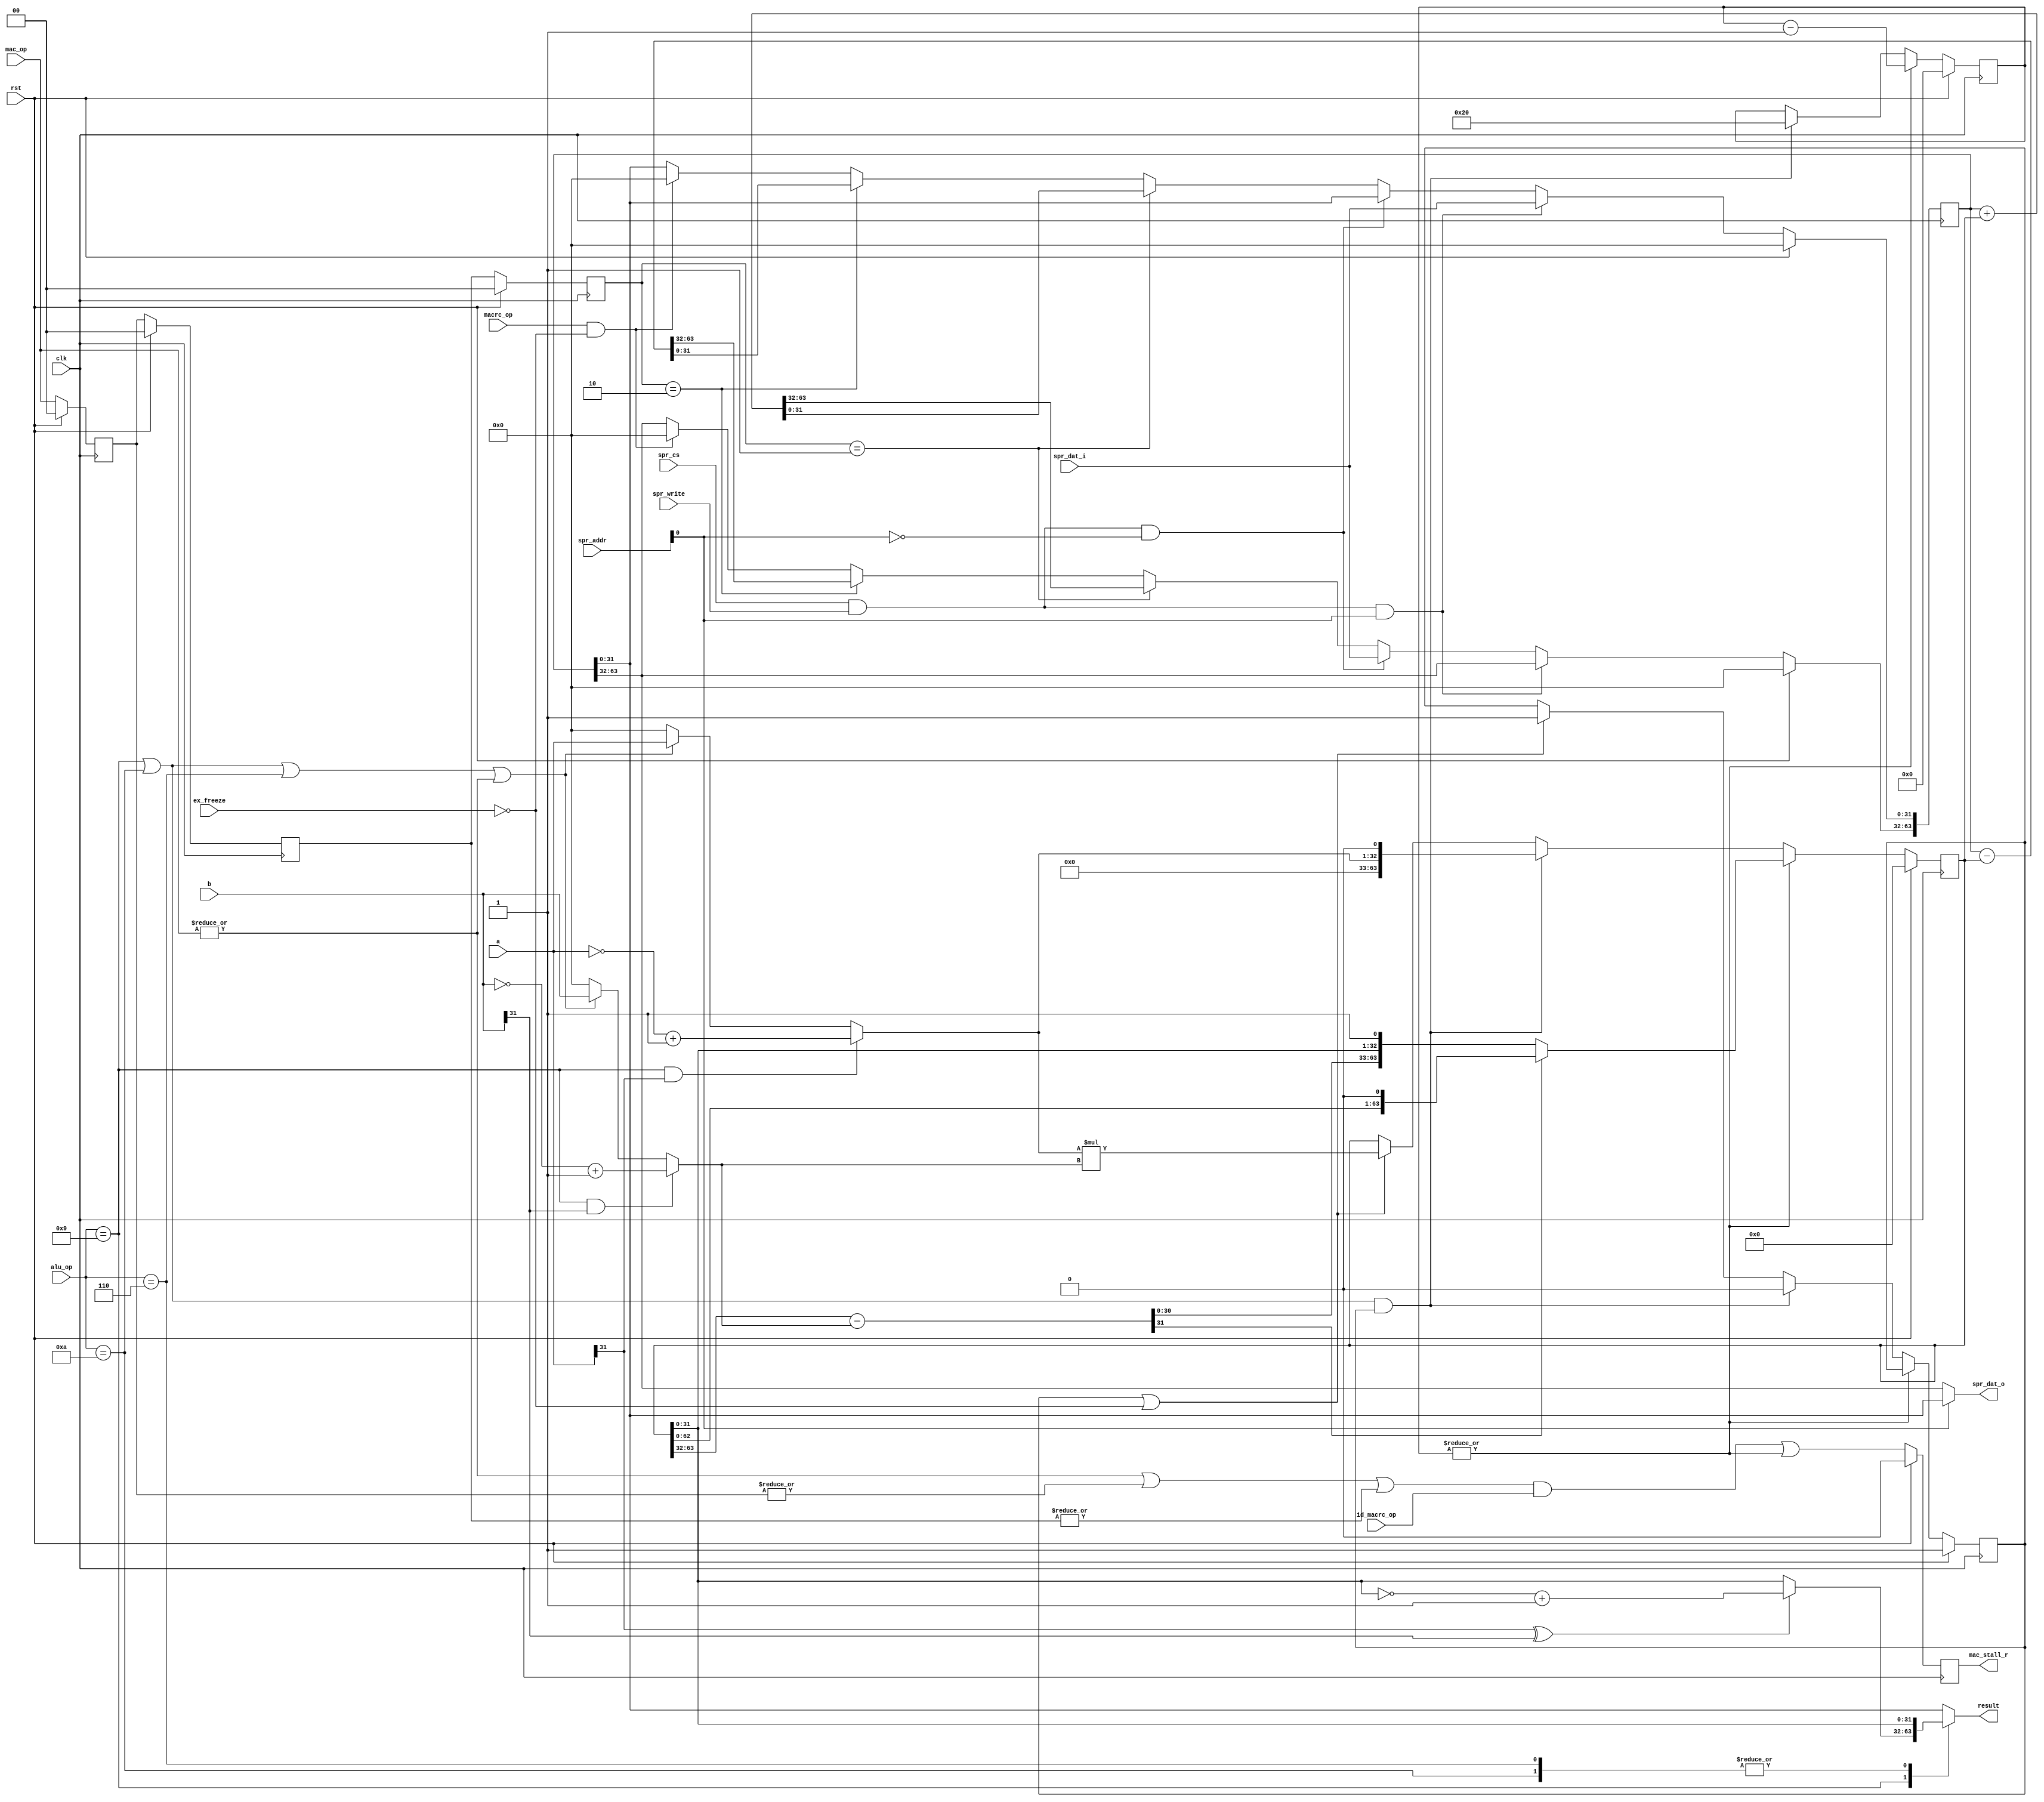
`define OR1200_DCFGR_NDP		3'h0	// Zero DVR/DCR pairs
`define OR1200_DCFGR_WPCI		1'b0	// WP counters not impl.
`define OR1200_DCFGR_RES1		28'h0000000
`define OR1200_M2R_BYTE0 4'b0000
`define OR1200_M2R_BYTE1 4'b0001
`define OR1200_M2R_BYTE2 4'b0010
`define OR1200_M2R_BYTE3 4'b0011
`define OR1200_M2R_EXTB0 4'b0100
`define OR1200_M2R_EXTB1 4'b0101
`define OR1200_M2R_EXTB2 4'b0110
`define OR1200_M2R_EXTB3 4'b0111
`define OR1200_M2R_ZERO  4'b0000
`define OR1200_ICCFGR_NCW		3'h0	// 1 cache way
`define OR1200_ICCFGR_NCS 9	// Num cache sets
`define OR1200_ICCFGR_CBS 9	// 16 byte cache block
`define OR1200_ICCFGR_CWS		1'b0	// Irrelevant
`define OR1200_ICCFGR_CCRI		1'b1	// Cache control reg impl.
`define OR1200_ICCFGR_CBIRI		1'b1	// Cache block inv reg impl.
`define OR1200_ICCFGR_CBPRI		1'b0	// Cache block prefetch reg not impl.
`define OR1200_ICCFGR_CBLRI		1'b0	// Cache block lock reg not impl.
`define OR1200_ICCFGR_CBFRI		1'b1	// Cache block flush reg impl.
`define OR1200_ICCFGR_CBWBRI		1'b0	// Irrelevant
`define OR1200_ICCFGR_RES1		17'h00000
//`define OR1200_ICCFGR_NCW_BITS		2:0
//`define OR1200_ICCFGR_NCS_BITS		6:3
`define OR1200_ICCFGR_CBS_BITS		7
`define OR1200_ICCFGR_CWS_BITS		8
`define OR1200_ICCFGR_CCRI_BITS		9
`define OR1200_ICCFGR_CBIRI_BITS	10
`define OR1200_ICCFGR_CBPRI_BITS	11
`define OR1200_ICCFGR_CBLRI_BITS	12
`define OR1200_ICCFGR_CBFRI_BITS	13
`define OR1200_ICCFGR_CBWBRI_BITS	14
//`define OR1200_ICCFGR_RES1_BITS	31:15
`define OR1200_DCCFGR_NCW		3'h0	// 1 cache way
`define OR1200_DCCFGR_NCS 9	// Num cache sets
`define OR1200_DCCFGR_CBS 9	// 16 byte cache block
`define OR1200_DCCFGR_CWS		1'b0	// Write-through strategy
`define OR1200_DCCFGR_CCRI		1'b1	// Cache control reg impl.
`define OR1200_DCCFGR_CBIRI		1'b1	// Cache block inv reg impl.
`define OR1200_DCCFGR_CBPRI		1'b0	// Cache block prefetch reg not impl.
`define OR1200_DCCFGR_CBLRI		1'b0	// Cache block lock reg not impl.
`define OR1200_DCCFGR_CBFRI		1'b1	// Cache block flush reg impl.
`define OR1200_DCCFGR_CBWBRI		1'b0	// Cache block WB reg not impl.
`define OR1200_DCCFGR_RES1		17'h00000
//`define OR1200_DCCFGR_NCW_BITS		2:0
//`define OR1200_DCCFGR_NCS_BITS		6:3
`define OR1200_DCCFGR_CBS_BITS		7
`define OR1200_DCCFGR_CWS_BITS		8
`define OR1200_DCCFGR_CCRI_BITS		9
`define OR1200_DCCFGR_CBIRI_BITS	10
`define OR1200_DCCFGR_CBPRI_BITS	11
`define OR1200_DCCFGR_CBLRI_BITS	12
`define OR1200_DCCFGR_CBFRI_BITS	13
`define OR1200_DCCFGR_CBWBRI_BITS	14
//`define OR1200_DCCFGR_RES1_BITS	31:15
`define OR1200_IMMUCFGR_NTW		2'h0	// 1 TLB way
`define OR1200_IMMUCFGR_NTS 3'b101	// Num TLB sets
`define OR1200_IMMUCFGR_NAE		3'h0	// No ATB entry
`define OR1200_IMMUCFGR_CRI		1'b0	// No control reg
`define OR1200_IMMUCFGR_PRI		1'b0	// No protection reg
`define OR1200_IMMUCFGR_TEIRI		1'b1	// TLB entry inv reg impl
`define OR1200_IMMUCFGR_HTR		1'b0	// No HW TLB reload
`define OR1200_IMMUCFGR_RES1		20'h00000
//`define OR1200_CPUCFGR_NSGF_BITS	3:0
`define OR1200_CPUCFGR_HGF_BITS	4
`define OR1200_CPUCFGR_OB32S_BITS	5
`define OR1200_CPUCFGR_OB64S_BITS	6
`define OR1200_CPUCFGR_OF32S_BITS	7
`define OR1200_CPUCFGR_OF64S_BITS	8
`define OR1200_CPUCFGR_OV64S_BITS	9
//`define OR1200_CPUCFGR_RES1_BITS	31:10
`define OR1200_CPUCFGR_NSGF		4'h0
`define OR1200_CPUCFGR_HGF		1'b0
`define OR1200_CPUCFGR_OB32S		1'b1
`define OR1200_CPUCFGR_OB64S		1'b0
`define OR1200_CPUCFGR_OF32S		1'b0
`define OR1200_CPUCFGR_OF64S		1'b0
`define OR1200_CPUCFGR_OV64S		1'b0
`define OR1200_CPUCFGR_RES1		22'h000000
`define OR1200_DMMUCFGR_NTW_BITS	1:0
`define OR1200_DMMUCFGR_NTS_BITS	4:2
`define OR1200_DMMUCFGR_NAE_BITS	7:5
`define OR1200_DMMUCFGR_CRI_BITS	8
`define OR1200_DMMUCFGR_PRI_BITS	9
`define OR1200_DMMUCFGR_TEIRI_BITS	10
`define OR1200_DMMUCFGR_HTR_BITS	11
//`define OR1200_DMMUCFGR_RES1_BITS	31:12
`define OR1200_DMMUCFGR_NTW		2'h0	// 1 TLB way
`define OR1200_DMMUCFGR_NTS 3'b110	// Num TLB sets
`define OR1200_DMMUCFGR_NAE		3'h0	// No ATB entries
`define OR1200_DMMUCFGR_CRI		1'b0	// No control register
`define OR1200_DMMUCFGR_PRI		1'b0	// No protection reg
`define OR1200_DMMUCFGR_TEIRI		1'b1	// TLB entry inv reg impl.
`define OR1200_DMMUCFGR_HTR		1'b0	// No HW TLB reload
`define OR1200_DMMUCFGR_RES1		20'h00000
`define OR1200_IMMUCFGR_NTW_BITS	1:0
`define OR1200_IMMUCFGR_NTS_BITS	4:2
`define OR1200_IMMUCFGR_NAE_BITS	7:5
`define OR1200_IMMUCFGR_CRI_BITS	8
`define OR1200_IMMUCFGR_PRI_BITS	9
`define OR1200_IMMUCFGR_TEIRI_BITS	10
`define OR1200_IMMUCFGR_HTR_BITS	11
//`define OR1200_IMMUCFGR_RES1_BITS	31:12
`define OR1200_SPRGRP_SYS_VR		4'h0
`define OR1200_SPRGRP_SYS_UPR		4'h1
`define OR1200_SPRGRP_SYS_CPUCFGR	4'h2
`define OR1200_SPRGRP_SYS_DMMUCFGR	4'h3
`define OR1200_SPRGRP_SYS_IMMUCFGR	4'h4
`define OR1200_SPRGRP_SYS_DCCFGR	4'h5
`define OR1200_SPRGRP_SYS_ICCFGR	4'h6
`define OR1200_SPRGRP_SYS_DCFGR	4'h7
`define OR1200_VR_REV_BITS		5:0
`define OR1200_VR_RES1_BITS		15:6
`define OR1200_VR_CFG_BITS		23:16
`define OR1200_VR_VER_BITS		31:24
`define OR1200_VR_REV			6'h01
`define OR1200_VR_RES1			10'h000
`define OR1200_VR_CFG			8'h00
`define OR1200_VR_VER			8'h12
`define OR1200_UPR_UP_BITS		0
`define OR1200_UPR_DCP_BITS		1
`define OR1200_UPR_ICP_BITS		2
`define OR1200_UPR_DMP_BITS		3
`define OR1200_UPR_IMP_BITS		4
`define OR1200_UPR_MP_BITS		5
`define OR1200_UPR_DUP_BITS		6
`define OR1200_UPR_PCUP_BITS		7
`define OR1200_UPR_PMP_BITS		8
`define OR1200_UPR_PICP_BITS		9
`define OR1200_UPR_TTP_BITS		10
`define OR1200_UPR_RES1_BITS		23:11
`define OR1200_UPR_CUP_BITS		31:24
`define OR1200_UPR_RES1			13'h0000
`define OR1200_UPR_CUP			8'h00
`define OR1200_DU_DSR_WIDTH 14
`define OR1200_EXCEPT_UNUSED		3'hf
`define OR1200_EXCEPT_TRAP		3'he
`define OR1200_EXCEPT_BREAK		3'hd
`define OR1200_EXCEPT_SYSCALL		3'hc
`define OR1200_EXCEPT_RANGE		3'hb
`define OR1200_EXCEPT_ITLBMISS		3'ha
`define OR1200_EXCEPT_DTLBMISS		3'h9
`define OR1200_EXCEPT_INT		3'h8
`define OR1200_EXCEPT_ILLEGAL		3'h7
`define OR1200_EXCEPT_ALIGN		3'h6
`define OR1200_EXCEPT_TICK		3'h5
`define OR1200_EXCEPT_IPF		3'h4
`define OR1200_EXCEPT_DPF		3'h3
`define OR1200_EXCEPT_BUSERR		3'h2
`define OR1200_EXCEPT_RESET		3'h1
`define OR1200_EXCEPT_NONE		3'h0
`define OR1200_OPERAND_WIDTH		32
`define OR1200_REGFILE_ADDR_WIDTH	5
`define OR1200_ALUOP_WIDTH	4
`define OR1200_ALUOP_NOP	4'b000
`define OR1200_ALUOP_ADD	4'b0000
`define OR1200_ALUOP_ADDC	4'b0001
`define OR1200_ALUOP_SUB	4'b0010
`define OR1200_ALUOP_AND	4'b0011
`define OR1200_ALUOP_OR		4'b0100
`define OR1200_ALUOP_XOR	4'b0101
`define OR1200_ALUOP_MUL	4'b0110
`define OR1200_ALUOP_CUST5	4'b0111
`define OR1200_ALUOP_SHROT	4'b1000
`define OR1200_ALUOP_DIV	4'b1001
`define OR1200_ALUOP_DIVU	4'b1010
`define OR1200_ALUOP_IMM	4'b1011
`define OR1200_ALUOP_MOVHI	4'b1100
`define OR1200_ALUOP_COMP	4'b1101
`define OR1200_ALUOP_MTSR	4'b1110
`define OR1200_ALUOP_MFSR	4'b1111
`define OR1200_ALUOP_CMOV 4'b1110
`define OR1200_ALUOP_FF1  4'b1111
`define OR1200_MACOP_WIDTH	2
`define OR1200_MACOP_NOP	2'b00
`define OR1200_MACOP_MAC	2'b01
`define OR1200_MACOP_MSB	2'b10
`define OR1200_SHROTOP_WIDTH	2
`define OR1200_SHROTOP_NOP	2'b00
`define OR1200_SHROTOP_SLL	2'b00
`define OR1200_SHROTOP_SRL	2'b01
`define OR1200_SHROTOP_SRA	2'b10
`define OR1200_SHROTOP_ROR	2'b11
`define OR1200_MULTICYCLE_WIDTH	2
`define OR1200_ONE_CYCLE		2'b00
`define OR1200_TWO_CYCLES		2'b01
`define OR1200_SEL_WIDTH		2
`define OR1200_SEL_RF			2'b00
`define OR1200_SEL_IMM			2'b01
`define OR1200_SEL_EX_FORW		2'b10
`define OR1200_SEL_WB_FORW		2'b11
`define OR1200_BRANCHOP_WIDTH		3
`define OR1200_BRANCHOP_NOP		3'b000
`define OR1200_BRANCHOP_J		3'b001
`define OR1200_BRANCHOP_JR		3'b010
`define OR1200_BRANCHOP_BAL		3'b011
`define OR1200_BRANCHOP_BF		3'b100
`define OR1200_BRANCHOP_BNF		3'b101
`define OR1200_BRANCHOP_RFE		3'b110
`define OR1200_LSUOP_WIDTH		4
`define OR1200_LSUOP_NOP		4'b0000
`define OR1200_LSUOP_LBZ		4'b0010
`define OR1200_LSUOP_LBS		4'b0011
`define OR1200_LSUOP_LHZ		4'b0100
`define OR1200_LSUOP_LHS		4'b0101
`define OR1200_LSUOP_LWZ		4'b0110
`define OR1200_LSUOP_LWS		4'b0111
`define OR1200_LSUOP_LD		4'b0001
`define OR1200_LSUOP_SD		4'b1000
`define OR1200_LSUOP_SB		4'b1010
`define OR1200_LSUOP_SH		4'b1100
`define OR1200_LSUOP_SW		4'b1110
`define OR1200_FETCHOP_WIDTH		1
`define OR1200_FETCHOP_NOP		1'b0
`define OR1200_FETCHOP_LW		1'b1
`define OR1200_RFWBOP_WIDTH		3
`define OR1200_RFWBOP_NOP		3'b000
`define OR1200_RFWBOP_ALU		3'b001
`define OR1200_RFWBOP_LSU		3'b011
`define OR1200_RFWBOP_SPRS		3'b101
`define OR1200_RFWBOP_LR		3'b111
`define OR1200_COP_SFEQ       3'b000
`define OR1200_COP_SFNE       3'b001
`define OR1200_COP_SFGT       3'b010
`define OR1200_COP_SFGE       3'b011
`define OR1200_COP_SFLT       3'b100
`define OR1200_COP_SFLE       3'b101
`define OR1200_COP_X          3'b111
`define OR1200_SIGNED_COMPARE 3'b011
`define OR1200_COMPOP_WIDTH	4
`define OR1200_ITAG_IDLE	4'h0	// idle bus
`define	OR1200_ITAG_NI		4'h1	// normal insn
`define OR1200_ITAG_BE		4'hb	// Bus error exception
`define OR1200_ITAG_PE		4'hc	// Page fault exception
`define OR1200_ITAG_TE		4'hd	// TLB miss exception
`define OR1200_DTAG_IDLE	4'h0	// idle bus
`define	OR1200_DTAG_ND		4'h1	// normal data
`define OR1200_DTAG_AE		4'ha	// Alignment exception
`define OR1200_DTAG_BE		4'hb	// Bus error exception
`define OR1200_DTAG_PE		4'hc	// Page fault exception
`define OR1200_DTAG_TE		4'hd	// TLB miss exception
`define OR1200_DU_DSR_RSTE	0
`define OR1200_DU_DSR_BUSEE	1
`define OR1200_DU_DSR_DPFE	2
`define OR1200_DU_DSR_IPFE	3
`define OR1200_DU_DSR_TTE	4
`define OR1200_DU_DSR_AE	5
`define OR1200_DU_DSR_IIE	6
`define OR1200_DU_DSR_IE	7
`define OR1200_DU_DSR_DME	8
`define OR1200_DU_DSR_IME	9
`define OR1200_DU_DSR_RE	10
`define OR1200_DU_DSR_SCE	11
`define OR1200_DU_DSR_BE	12
`define OR1200_DU_DSR_TE	13
//`define OR1200_SHROTOP_POS		7:6
//`define OR1200_ALUMCYC_POS		9:8
`define OR1200_OR32_J                 6'b000000
`define OR1200_OR32_JAL               6'b000001
`define OR1200_OR32_BNF               6'b000011
`define OR1200_OR32_BF                6'b000100
`define OR1200_OR32_NOP               6'b000101
`define OR1200_OR32_MOVHI             6'b000110
`define OR1200_OR32_XSYNC             6'b001000
`define OR1200_OR32_RFE               6'b001001
`define OR1200_OR32_JR                6'b010001
`define OR1200_OR32_JALR              6'b010010
`define OR1200_OR32_MACI              6'b010011
`define OR1200_OR32_LWZ               6'b100001
`define OR1200_OR32_LBZ               6'b100011
`define OR1200_OR32_LBS               6'b100100
`define OR1200_OR32_LHZ               6'b100101
`define OR1200_OR32_LHS               6'b100110
`define OR1200_OR32_ADDI              6'b100111
`define OR1200_OR32_ADDIC             6'b101000
`define OR1200_OR32_ANDI              6'b101001
`define OR1200_OR32_ORI               6'b101010
`define OR1200_OR32_XORI              6'b101011
`define OR1200_OR32_MULI              6'b101100
`define OR1200_OR32_MFSPR             6'b101101
`define OR1200_OR32_SH_ROTI 	      6'b101110
`define OR1200_OR32_SFXXI             6'b101111
`define OR1200_OR32_MTSPR             6'b110000
`define OR1200_OR32_MACMSB            6'b110001
`define OR1200_OR32_SW                6'b110101
`define OR1200_OR32_SB                6'b110110
`define OR1200_OR32_SH                6'b110111
`define OR1200_OR32_ALU               6'b111000
`define OR1200_OR32_SFXX              6'b111001
`define OR1200_OR32_CUST5             6'b111100
`define OR1200_EXCEPT_EPH0_P 20'h00000
`define OR1200_EXCEPT_EPH1_P 20'hF0000
`define OR1200_EXCEPT_V		   8'h00
`define OR1200_EXCEPT_WIDTH 4
`define OR1200_SPR_GROUP_SYS	5'b00000
`define OR1200_SPR_GROUP_DMMU	5'b00001
`define OR1200_SPR_GROUP_IMMU	5'b00010
`define OR1200_SPR_GROUP_DC	5'b00011
`define OR1200_SPR_GROUP_IC	5'b00100
`define OR1200_SPR_GROUP_MAC	5'b00101
`define OR1200_SPR_GROUP_DU	5'b00110
`define OR1200_SPR_GROUP_PM	5'b01000
`define OR1200_SPR_GROUP_PIC	5'b01001
`define OR1200_SPR_GROUP_TT	5'b01010
`define OR1200_SPR_CFGR		7'b0000000
`define OR1200_SPR_RF		6'b100000	// 1024 >> 5
`define OR1200_SPR_NPC		11'b00000010000
`define OR1200_SPR_SR		11'b00000010001
`define OR1200_SPR_PPC		11'b00000010010
`define OR1200_SPR_EPCR		11'b00000100000
`define OR1200_SPR_EEAR		11'b00000110000
`define OR1200_SPR_ESR		11'b00001000000
`define OR1200_SR_WIDTH 16
`define OR1200_SR_SM   0
`define OR1200_SR_TEE  1
`define OR1200_SR_IEE  2
`define OR1200_SR_DCE  3
`define OR1200_SR_ICE  4
`define OR1200_SR_DME  5
`define OR1200_SR_IME  6
`define OR1200_SR_LEE  7
`define OR1200_SR_CE   8
`define OR1200_SR_F    9
`define OR1200_SR_CY   10	// Unused
`define OR1200_SR_OV   11	// Unused
`define OR1200_SR_OVE  12	// Unused
`define OR1200_SR_DSX  13	// Unused
`define OR1200_SR_EPH  14
`define OR1200_SR_FO   15
`define OR1200_SR_EPH_DEF	1'b0
`define OR1200_PM_PMR_DME 4
`define OR1200_PM_PMR_SME 5
`define OR1200_PM_PMR_DCGE 6
`define OR1200_PM_OFS_PMR 11'b0
`define OR1200_SPRGRP_PM 5'b01000
`define OR1200_PIC_INTS 20
`define OR1200_PIC_OFS_PICMR 2'b00
`define OR1200_PIC_OFS_PICSR 2'b10
`define OR1200_TT_OFS_TTMR 1'b0
`define OR1200_TT_OFS_TTCR 1'b1
`define OR1200_TTOFS_BITS 0
`define OR1200_TT_TTMR_IP 28
`define OR1200_TT_TTMR_IE 29
`define OR1200_MAC_ADDR		0	// MACLO 0xxxxxxxx1, MACHI 0xxxxxxxx0
`define OR1200_MAC_SHIFTBY	0	// 0 = According to arch manual, 28 = obsolete backward compatibility
`define OR1200_DTLB_TM_ADDR	7
`define	OR1200_DTLBMR_V_BITS	0
`define	OR1200_DTLBTR_CC_BITS	0
`define	OR1200_DTLBTR_CI_BITS	1
`define	OR1200_DTLBTR_WBC_BITS	2
`define	OR1200_DTLBTR_WOM_BITS	3
`define	OR1200_DTLBTR_A_BITS	4
`define	OR1200_DTLBTR_D_BITS	5
`define	OR1200_DTLBTR_URE_BITS	6
`define	OR1200_DTLBTR_UWE_BITS	7
`define	OR1200_DTLBTR_SRE_BITS	8
`define	OR1200_DTLBTR_SWE_BITS	9
`define	OR1200_DMMU_PS		13					// 13 for 8KB page size
`define	OR1200_DTLB_INDXW	6							// +5 because of protection bits and CI
`define OR1200_ITLB_TM_ADDR	7
`define	OR1200_ITLBMR_V_BITS	0
`define	OR1200_ITLBTR_CC_BITS	0
`define	OR1200_ITLBTR_CI_BITS	1
`define	OR1200_ITLBTR_WBC_BITS	2
`define	OR1200_ITLBTR_WOM_BITS	3
`define	OR1200_ITLBTR_A_BITS	4
`define	OR1200_ITLBTR_D_BITS	5
`define	OR1200_ITLBTR_SXE_BITS	6
`define	OR1200_ITLBTR_UXE_BITS	7
`define	OR1200_IMMU_PS 13					
`define	OR1200_ITLB_INDXW	6			
`define OR1200_IMMU_CI			1'b0
`define OR1200_ICLS		4
`define OR1200_DCLS		4
// `define OR1200_DC_STORE_REFILL
`define OR1200_DCSIZE			12			// 4096
`define	OR1200_DCTAG_W			21
//`define OR1200_SB_IMPLEMENTED
`define OR1200_SB_LOG		2	// 2 or 3
`define OR1200_SB_ENTRIES	4	// 4 or 8
`define OR1200_QMEM_IADDR	32'h00800000
`define OR1200_QMEM_IMASK	32'hfff00000	// Max QMEM size 1MB
`define OR1200_QMEM_DADDR  32'h00800000
`define OR1200_QMEM_DMASK  32'hfff00000 // Max QMEM size 1MB
//`define OR1200_QMEM_BSEL
//`define OR1200_QMEM_ACK
`define OR1200_SPRGRP_SYS_VR		4'h0
`define OR1200_SPRGRP_SYS_UPR		4'h1
`define OR1200_SPRGRP_SYS_CPUCFGR	4'h2
`define OR1200_SPRGRP_SYS_DMMUCFGR	4'h3
`define OR1200_SPRGRP_SYS_IMMUCFGR	4'h4
`define OR1200_SPRGRP_SYS_DCCFGR	4'h5
`define OR1200_SPRGRP_SYS_ICCFGR	4'h6
`define OR1200_SPRGRP_SYS_DCFGR	4'h7
`define OR1200_VR_REV			6'h01
`define OR1200_VR_RES1			10'h000
`define OR1200_VR_CFG			8'h00
`define OR1200_VR_VER			8'h12
`define OR1200_UPR_UP			1'b1
`define OR1200_UPR_DCP			1'b1
`define OR1200_UPR_ICP			1'b1
`define OR1200_UPR_DMP			1'b1
`define OR1200_UPR_IMP			1'b1
`define OR1200_UPR_MP			1'b1	// MAC always present
`define OR1200_UPR_DUP			1'b1
`define OR1200_UPR_PCUP			1'b0	// Performance counters not present
`define OR1200_UPR_PMP			1'b1
`define OR1200_UPR_PICP			1'b1
`define OR1200_UPR_TTP			1'b1
`define OR1200_UPR_RES1			13'h0000
`define OR1200_UPR_CUP			8'h00
`define OR1200_CPUCFGR_HGF_BITS	4
`define OR1200_CPUCFGR_OB32S_BITS	5
`define OR1200_CPUCFGR_OB64S_BITS	6
`define OR1200_CPUCFGR_OF32S_BITS	7
`define OR1200_CPUCFGR_OF64S_BITS	8
`define OR1200_CPUCFGR_OV64S_BITS	9
`define OR1200_CPUCFGR_NSGF		4'h0
`define OR1200_CPUCFGR_HGF		1'b0
`define OR1200_CPUCFGR_OB32S		1'b1
`define OR1200_CPUCFGR_OB64S		1'b0
`define OR1200_CPUCFGR_OF32S		1'b0
`define OR1200_CPUCFGR_OF64S		1'b0
`define OR1200_CPUCFGR_OV64S		1'b0
`define OR1200_CPUCFGR_RES1		22'h000000
`define OR1200_DMMUCFGR_CRI_BITS	8
`define OR1200_DMMUCFGR_PRI_BITS	9
`define OR1200_DMMUCFGR_TEIRI_BITS	10
`define OR1200_DMMUCFGR_HTR_BITS	11
`define OR1200_DMMUCFGR_NTW		2'h0	// 1 TLB way
`define OR1200_DMMUCFGR_NAE		3'h0	// No ATB entries
`define OR1200_DMMUCFGR_CRI		1'b0	// No control register
`define OR1200_DMMUCFGR_PRI		1'b0	// No protection reg
`define OR1200_DMMUCFGR_TEIRI		1'b1	// TLB entry inv reg impl.
`define OR1200_DMMUCFGR_HTR		1'b0	// No HW TLB reload
`define OR1200_DMMUCFGR_RES1		20'h00000
`define OR1200_IMMUCFGR_CRI_BITS	8
`define OR1200_IMMUCFGR_PRI_BITS	9
`define OR1200_IMMUCFGR_TEIRI_BITS	10
`define OR1200_IMMUCFGR_HTR_BITS	11
`define OR1200_IMMUCFGR_NTW		2'h0	// 1 TLB way
`define OR1200_IMMUCFGR_NAE		3'h0	// No ATB entry
`define OR1200_IMMUCFGR_CRI		1'b0	// No control reg
`define OR1200_IMMUCFGR_PRI		1'b0	// No protection reg
`define OR1200_IMMUCFGR_TEIRI		1'b1	// TLB entry inv reg impl
`define OR1200_IMMUCFGR_HTR		1'b0	// No HW TLB reload
`define OR1200_IMMUCFGR_RES1		20'h00000
`define OR1200_DCCFGR_CBS_BITS		7
`define OR1200_DCCFGR_CWS_BITS		8
`define OR1200_DCCFGR_CCRI_BITS		9
`define OR1200_DCCFGR_CBIRI_BITS	10
`define OR1200_DCCFGR_CBPRI_BITS	11
`define OR1200_DCCFGR_CBLRI_BITS	12
`define OR1200_DCCFGR_CBFRI_BITS	13
`define OR1200_DCCFGR_CBWBRI_BITS	14
`define OR1200_DCCFGR_NCW		3'h0	// 1 cache way
`define OR1200_DCCFGR_CWS		1'b0	// Write-through strategy
`define OR1200_DCCFGR_CCRI		1'b1	// Cache control reg impl.
`define OR1200_DCCFGR_CBIRI		1'b1	// Cache block inv reg impl.
`define OR1200_DCCFGR_CBPRI		1'b0	// Cache block prefetch reg not impl.
`define OR1200_DCCFGR_CBLRI		1'b0	// Cache block lock reg not impl.
`define OR1200_DCCFGR_CBFRI		1'b1	// Cache block flush reg impl.
`define OR1200_DCCFGR_CBWBRI		1'b0	// Cache block WB reg not impl.
`define OR1200_DCCFGR_RES1		17'h00000
`define OR1200_ICCFGR_CBS_BITS		7
`define OR1200_ICCFGR_CWS_BITS		8
`define OR1200_ICCFGR_CCRI_BITS		9
`define OR1200_ICCFGR_CBIRI_BITS	10
`define OR1200_ICCFGR_CBPRI_BITS	11
`define OR1200_ICCFGR_CBLRI_BITS	12
`define OR1200_ICCFGR_CBFRI_BITS	13
`define OR1200_ICCFGR_CBWBRI_BITS	14
`define OR1200_ICCFGR_NCW		3'h0	// 1 cache way
`define OR1200_ICCFGR_CWS		1'b0	// Irrelevant
`define OR1200_ICCFGR_CCRI		1'b1	// Cache control reg impl.
`define OR1200_ICCFGR_CBIRI		1'b1	// Cache block inv reg impl.
`define OR1200_ICCFGR_CBPRI		1'b0	// Cache block prefetch reg not impl.
`define OR1200_ICCFGR_CBLRI		1'b0	// Cache block lock reg not impl.
`define OR1200_ICCFGR_CBFRI		1'b1	// Cache block flush reg impl.
`define OR1200_ICCFGR_CBWBRI		1'b0	// Irrelevant
`define OR1200_ICCFGR_RES1		17'h00000
`define OR1200_DCFGR_WPCI_BITS		3
`define OR1200_DCFGR_NDP		3'h0	// Zero DVR/DCR pairs
`define OR1200_DCFGR_WPCI		1'b0	// WP counters not impl.
`define OR1200_DCFGR_RES1		28'h0000000
`define SIMULATION_MEMORY
`define OR1200_ITAG_IDLE	4'h0	// idle bus
`define	OR1200_ITAG_NI		4'h1	// normal insn
`define OR1200_ITAG_BE		4'hb	// Bus error exception
`define OR1200_ITAG_PE		4'hc	// Page fault exception
`define OR1200_ITAG_TE		4'hd	// TLB miss exception
`define OR1200_BRANCHOP_WIDTH		3
`define OR1200_BRANCHOP_NOP		3'b000
`define OR1200_BRANCHOP_J		3'b001
`define OR1200_BRANCHOP_JR		3'b010
`define OR1200_BRANCHOP_BAL		3'b011
`define OR1200_BRANCHOP_BF		3'b100
`define OR1200_BRANCHOP_BNF		3'b101
`define OR1200_BRANCHOP_RFE		3'b110
`define OR1200_EXCEPT_WIDTH 4
`define OR1200_EXCEPT_EPH0_P 20'h00000
`define OR1200_EXCEPT_EPH1_P 20'hF0000
`define OR1200_EXCEPT_V		   8'h00
`define OR1200_ITAG_IDLE	4'h0	// idle bus
`define	OR1200_ITAG_NI		4'h1	// normal insn
`define OR1200_ITAG_BE		4'hb	// Bus error exception
`define OR1200_ITAG_PE		4'hc	// Page fault exception
`define OR1200_ITAG_TE		4'hd	// TLB miss exception
`define OR1200_OR32_J                 6'b000000
`define OR1200_OR32_JAL               6'b000001
`define OR1200_OR32_BNF               6'b000011
`define OR1200_OR32_BF                6'b000100
`define OR1200_OR32_NOP               6'b000101
`define OR1200_OR32_MOVHI             6'b000110
`define OR1200_OR32_XSYNC             6'b001000
`define OR1200_OR32_RFE               6'b001001
`define OR1200_OR32_JR                6'b010001
`define OR1200_OR32_JALR              6'b010010
`define OR1200_OR32_MACI              6'b010011
`define OR1200_OR32_LWZ               6'b100001
`define OR1200_OR32_LBZ               6'b100011
`define OR1200_OR32_LBS               6'b100100
`define OR1200_OR32_LHZ               6'b100101
`define OR1200_OR32_LHS               6'b100110
`define OR1200_OR32_ADDI              6'b100111
`define OR1200_OR32_ADDIC             6'b101000
`define OR1200_OR32_ANDI              6'b101001
`define OR1200_OR32_ORI               6'b101010
`define OR1200_OR32_XORI              6'b101011
`define OR1200_OR32_MULI              6'b101100
`define OR1200_OR32_MFSPR             6'b101101
`define OR1200_OR32_SH_ROTI 	      6'b101110
`define OR1200_OR32_SFXXI             6'b101111
`define OR1200_OR32_MTSPR             6'b110000
`define OR1200_OR32_MACMSB            6'b110001
`define OR1200_OR32_SW                6'b110101
`define OR1200_OR32_SB                6'b110110
`define OR1200_OR32_SH                6'b110111
`define OR1200_OR32_ALU               6'b111000
`define OR1200_OR32_SFXX              6'b111001
//`define OR1200_OR32_CUST5             6'b111100
`define OR1200_NO_FREEZE	3'b000
`define OR1200_FREEZE_BYDC	3'b001
`define OR1200_FREEZE_BYMULTICYCLE	3'b010
`define OR1200_WAIT_LSU_TO_FINISH	3'b011
`define OR1200_WAIT_IC			3'b100
`define OR1200_EXCEPTFSM_WIDTH 3
`define OR1200_EXCEPTFSM_IDLE	3'b000
`define OR1200_EXCEPTFSM_FLU1 	3'b001
`define OR1200_EXCEPTFSM_FLU2 	3'b010
`define OR1200_EXCEPTFSM_FLU3 	3'b011
`define OR1200_EXCEPTFSM_FLU5 	3'b101
`define OR1200_EXCEPTFSM_FLU4 	3'b100

module or1200_mult_mac(
	// Clock and reset
	clk, rst,

	// Multiplier/MAC interface
	ex_freeze, id_macrc_op, macrc_op, a, b, mac_op, alu_op, result, mac_stall_r,

	// SPR interface
	spr_cs, spr_write, spr_addr, spr_dat_i, spr_dat_o
);

//parameter width = `OR1200_OPERAND_WIDTH;

//
// I/O
//

//
// Clock and reset
//
input				clk;
input				rst;

//
// Multiplier/MAC interface
//
input				ex_freeze;
input				id_macrc_op;
input				macrc_op;
input	[`OR1200_OPERAND_WIDTH-1:0]		a;
input	[`OR1200_OPERAND_WIDTH-1:0]		b;
input	[`OR1200_MACOP_WIDTH-1:0]	mac_op;
input	[`OR1200_ALUOP_WIDTH-1:0]	alu_op;
output	[`OR1200_OPERAND_WIDTH-1:0]		result;
output				mac_stall_r;

//
// SPR interface
//
input				spr_cs;
input				spr_write;
input	[31:0]			spr_addr;
input	[31:0]			spr_dat_i;
output	[31:0]			spr_dat_o;

//
// Internal wires and regs
//

reg	[`OR1200_OPERAND_WIDTH-1:0]		result;
reg	[2*`OR1200_OPERAND_WIDTH-1:0]		mul_prod_r;

wire	[2*`OR1200_OPERAND_WIDTH-1:0]		mul_prod;
wire	[`OR1200_MACOP_WIDTH-1:0]	mac_op;

reg	[`OR1200_MACOP_WIDTH-1:0]	mac_op_r1;
reg	[`OR1200_MACOP_WIDTH-1:0]	mac_op_r2;
reg	[`OR1200_MACOP_WIDTH-1:0]	mac_op_r3;
reg				mac_stall_r;
reg	[2*`OR1200_OPERAND_WIDTH-1:0]		mac_r;

wire	[`OR1200_OPERAND_WIDTH-1:0]		x;
wire	[`OR1200_OPERAND_WIDTH-1:0]		y;
wire				spr_maclo_we;
wire				spr_machi_we;
wire				alu_op_div_divu;
wire				alu_op_div;
reg				div_free;

wire	[`OR1200_OPERAND_WIDTH-1:0]		div_tmp;
reg	[5:0]			div_cntr;


//
// Combinatorial logic
//

assign spr_maclo_we = spr_cs & spr_write & spr_addr[`OR1200_MAC_ADDR];
assign spr_machi_we = spr_cs & spr_write & !spr_addr[`OR1200_MAC_ADDR];
assign spr_dat_o = spr_addr[`OR1200_MAC_ADDR] ? mac_r[31:0] : mac_r[63:32];

assign x = (alu_op_div & a[31]) ? ~a + 1'b1 : alu_op_div_divu | (alu_op == `OR1200_ALUOP_MUL) | (|mac_op) ? a : 32'h00000000;
assign y = (alu_op_div & b[31]) ? ~b + 1'b1 : alu_op_div_divu | (alu_op == `OR1200_ALUOP_MUL) | (|mac_op) ? b : 32'h00000000;
assign alu_op_div = (alu_op == `OR1200_ALUOP_DIV);
assign alu_op_div_divu = alu_op_div | (alu_op == `OR1200_ALUOP_DIVU);
assign div_tmp = mul_prod_r[63:32] - y;




//
// Select result of current ALU operation to be forwarded
// to next instruction and to WB stage
//
always @(alu_op or mul_prod_r or mac_r or a or b)
	case(alu_op)	

		`OR1200_ALUOP_DIV:
			result = a[31] ^ b[31] ? ~mul_prod_r[31:0] + 1'b1 : mul_prod_r[31:0];
		`OR1200_ALUOP_DIVU:
		begin
			result = mul_prod_r[31:0];
		end

		`OR1200_ALUOP_MUL: begin
			result = mul_prod_r[31:0];
		end
		default:

		result = mac_r[31:0];

	endcase

//
// Instantiation of the multiplier
//

// doing an implicit multiply here
assign mul_prod = x * y;
/*
or1200_gmultp2_32x32 or1200_gmultp2_32x32(
	.X(x),
	.Y(y),
	.RST(rst),
	.CLK(clk),
	.P(mul_prod)
);
*/


//
// Registered output from the multiplier and
// an optional divider
//
always @(posedge clk)
	if (rst) begin
		mul_prod_r <=  64'h0000000000000000;
		div_free <=  1'b1;

		div_cntr <=  6'b000000;

	end

	else if (|div_cntr) begin
		if (div_tmp[31])
			mul_prod_r <=  {mul_prod_r[62:0], 1'b0};
		else
			mul_prod_r <=  {div_tmp[30:0], mul_prod_r[31:0], 1'b1};
		div_cntr <=  div_cntr - 1'b1;
	end
	else if (alu_op_div_divu && div_free) begin
		mul_prod_r <=  {31'b0000000000000000000000000000000, x[31:0], 1'b0};
		div_cntr <=  6'b100000;
		div_free <=  1'b0;
	end

	else if (div_free | !ex_freeze) begin
		mul_prod_r <=  mul_prod[63:0];
		div_free <=  1'b1;
	end


// Propagation of l.mac opcode
//
always @(posedge clk)
	if (rst)
		mac_op_r1 <=  2'b00;
	else
		mac_op_r1 <=  mac_op;

//
// Propagation of l.mac opcode
//
always @(posedge clk)
	if (rst)
		mac_op_r2 <=  2'b00;
	else
		mac_op_r2 <=  mac_op_r1;

//
// Propagation of l.mac opcode
//
always @(posedge clk )
	if (rst)
		mac_op_r3 <=  2'b00;
	else
		mac_op_r3 <=  mac_op_r2;

//
// Implementation of MAC
//
always @(posedge clk)
	if (rst)
		mac_r <=  64'h0000000000000000;

	else if (spr_maclo_we)
		mac_r[31:0] <=  spr_dat_i;
	else if (spr_machi_we)
		mac_r[63:32] <=  spr_dat_i;

	else if (mac_op_r3 == `OR1200_MACOP_MAC)
		mac_r <=  mac_r + mul_prod_r;
	else if (mac_op_r3 == `OR1200_MACOP_MSB)
		mac_r <=  mac_r - mul_prod_r;
	else if (macrc_op & !ex_freeze)
		mac_r <=  64'h0000000000000000;

//
// Stall CPU if l.macrc is in ID and MAC still has to process l.mac instructions
// in EX stage (e.g. inside multiplier)
// This stall signal is also used by the divider.
//

wire unused;
assign unused = |spr_addr;
always @( posedge clk)
	if (rst)
		mac_stall_r <=  1'b0;
	else
		mac_stall_r <=  (|mac_op | (|mac_op_r1) | (|mac_op_r2)) & id_macrc_op

				| (|div_cntr)

				;

				
				

endmodule